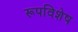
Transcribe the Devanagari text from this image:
रूपविशेष